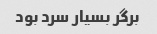
برگر بسیار سرد بود